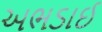
અભડાઈ